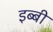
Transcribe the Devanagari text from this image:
इब्बी